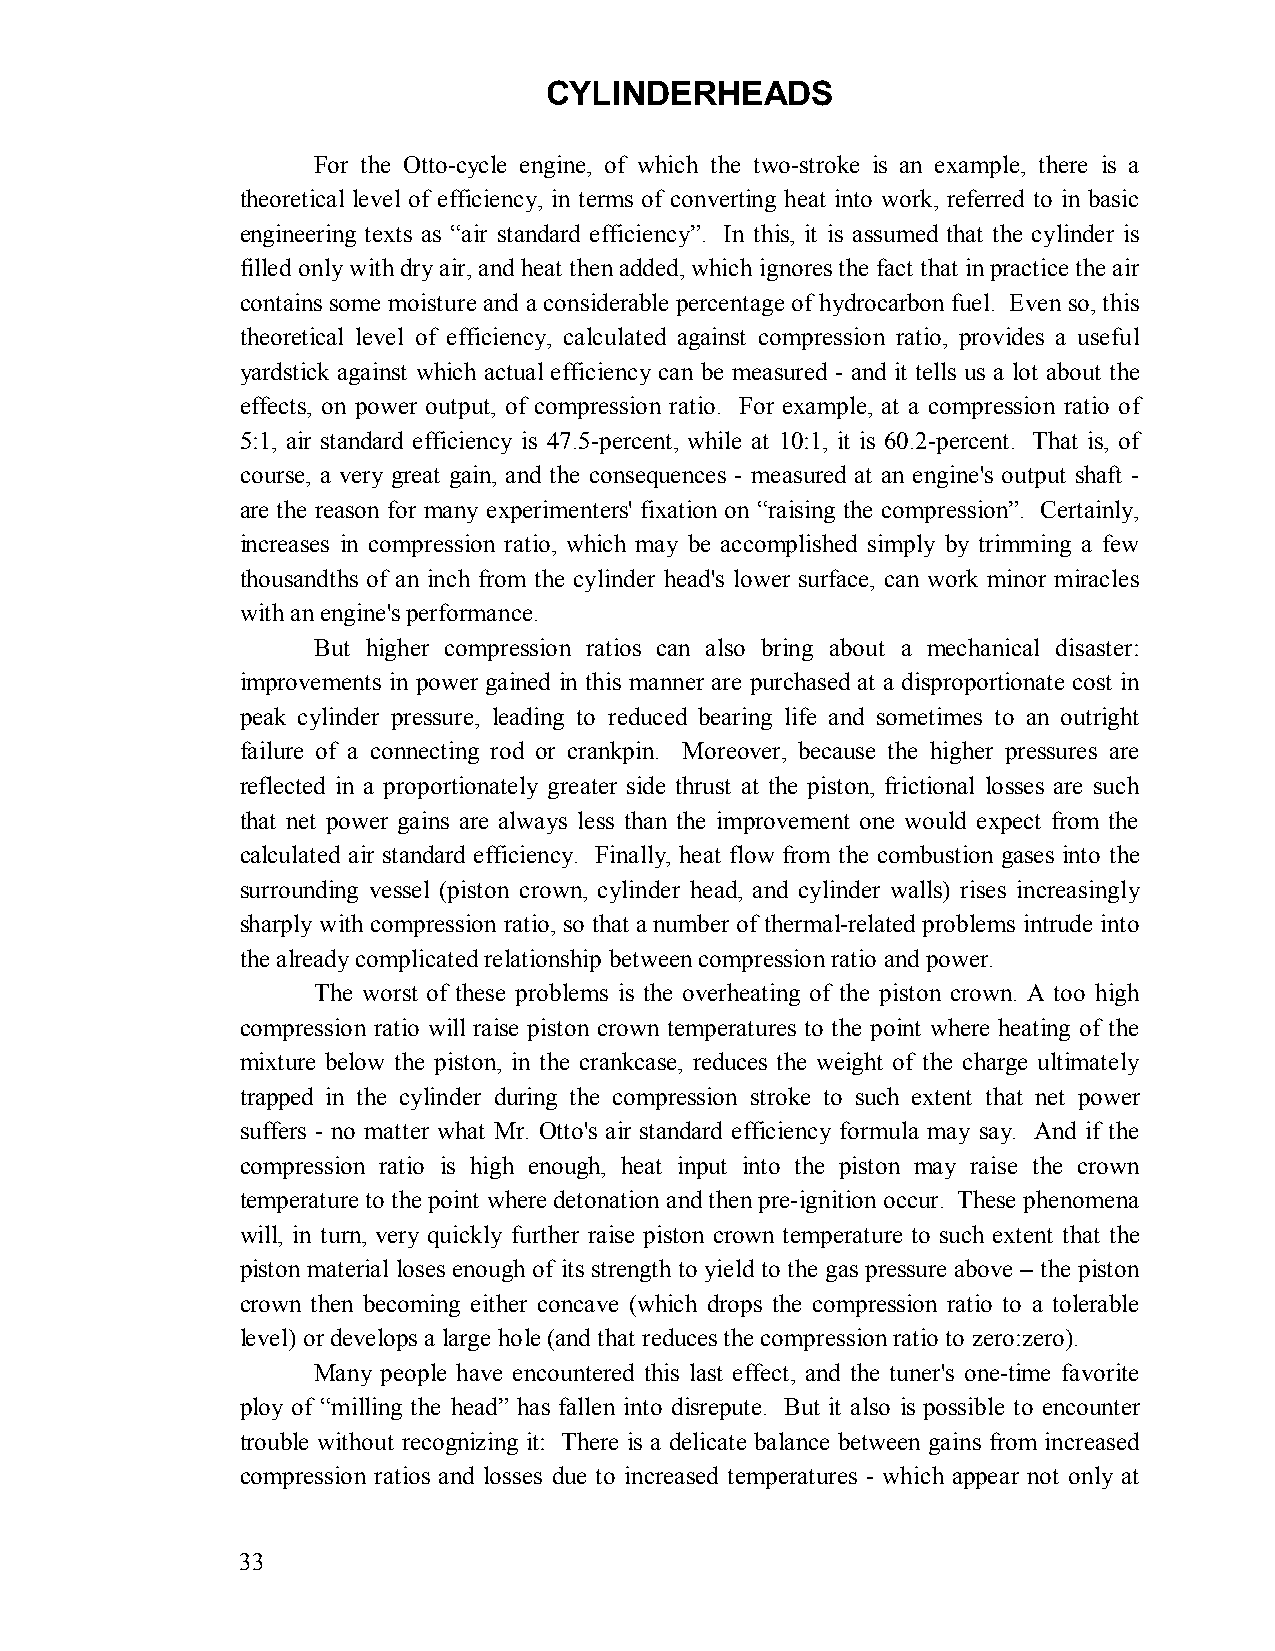
CYLINDERHEADS
 For the Otto-cycle engine, of which the two-stroke is an example, there is a
 theoretical level of efficiency, in terms of converting heat into work, referred to in basic
 engineering texts as “air standard efficiency”. In this, it is assumed that the cylinder is
 filled only with dry air, and heat then added, which ignores the fact that in practice the air
 contains some moisture and a considerable percentage of hydrocarbon fuel. Even so, this
 theoretical level of efficiency, calculated against compression ratio, provides a useful
 yardstick against which actual efficiency can be measured - and it tells us a lot about the
 effects, on power output, of compression ratio. For example, at a compression ratio of
 5:1, air standard efficiency is 47.5-percent, while at 10:1, it is 60.2-percent. That is, of
 course, a very great gain, and the consequences - measured at an engine's output shaft -
 are the reason for many experimenters' fixation on “raising the compression”. Certainly,
 increases in compression ratio, which may be accomplished simply by trimming a few
 thousandths of an inch from the cylinder head's lower surface, can work minor miracles
 with an engine's performance.
 But higher compression ratios can also bring about a mechanical disaster:
 improvements in power gained in this manner are purchased at a disproportionate cost in
 peak cylinder pressure, leading to reduced bearing life and sometimes to an outright
 failure of a connecting rod or crankpin. Moreover, because the higher pressures are
 reflected in a proportionately greater side thrust at the piston, frictional losses are such
 that net power gains are always less than the improvement one would expect from the
 calculated air standard efficiency. Finally, heat flow from the combustion gases into the
 surrounding vessel (piston crown, cylinder head, and cylinder walls) rises increasingly
 sharply with compression ratio, so that a number of thermal-related problems intrude into
 the already complicated relationship between compression ratio and power.
 The worst of these problems is the overheating of the piston crown. A too high
 compression ratio will raise piston crown temperatures to the point where heating of the
 mixture below the piston, in the crankcase, reduces the weight of the charge ultimately
 trapped in the cylinder during the compression stroke to such extent that net power
 suffers - no matter what Mr. Otto's air standard efficiency formula may say. And if the
 compression ratio is high enough, heat input into the piston may raise the crown
 temperature to the point where detonation and then pre-ignition occur. These phenomena
 will, in turn, very quickly further raise piston crown temperature to such extent that the
 piston material loses enough of its strength to yield to the gas pressure above – the piston
 crown then becoming either concave (which drops the compression ratio to a tolerable
 level) or develops a large hole (and that reduces the compression ratio to zero:zero).
 Many people have encountered this last effect, and the tuner's one-time favorite
 ploy of “milling the head” has fallen into disrepute. But it also is possible to encounter
 trouble without recognizing it: There is a delicate balance between gains from increased
 compression ratios and losses due to increased temperatures - which appear not only at
 33